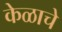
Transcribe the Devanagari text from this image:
केळाचे